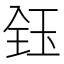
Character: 𬍟